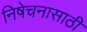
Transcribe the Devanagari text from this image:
निषेचनासाठी